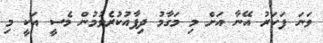
ވަނަ ފަހަރު އޭނާ އަށް މި މަގާމު ދިފާއުކުރެވުމުން މެސީ އަކީ މި